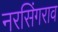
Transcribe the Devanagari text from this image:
नरसिंगराव